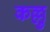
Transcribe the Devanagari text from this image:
कल्लु